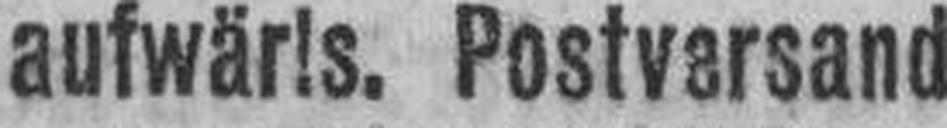
aufwärls. Postversand